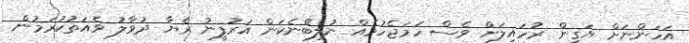
އަހަންނަށް ޔަޤީން ރުހައިލަށް ވެސް ހަމަޖެހުމެއް ނުލިބޭނެކަން އަރުފީނު ރެޔާ ދުވާލު ވެއަތުކުރަމުން